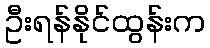
ဦးရန်နိုင်ထွန်းက